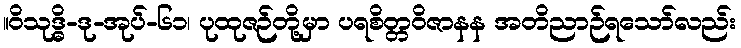
။ဝိသုဒ္ဓိ-ဒု-အုပ်-၆၁၊ ပုထုဇဉ်တို့မှာ ပရစိတ္တဝိဇာနန အတိညာဉ်ရသော်လည်း